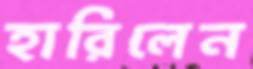
হারিলেন